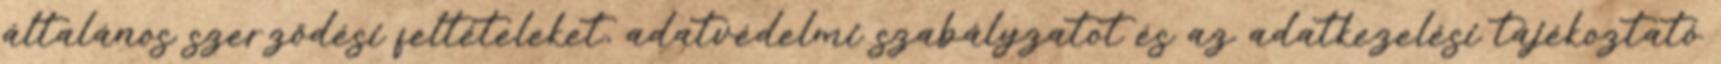
általános szerződési feltételeket, adatvédelmi szabályzatot és az adatkezelési tájékoztató